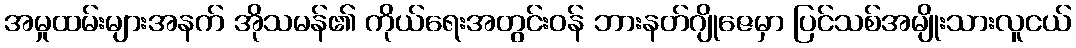
အမှုထမ်းများအနက် အိုသမန်၏ ကိုယ်ရေးအတွင်းဝန် ဘားနတ်ဂျိုဇေမှာ ပြင်သစ်အမျိုးသားလူငယ်